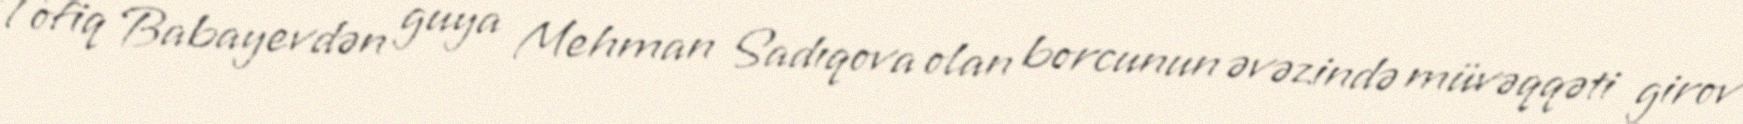
Tofiq Babayevdən guya Mehman Sadıqova olan borcunun əvəzində müvəqqəti girov